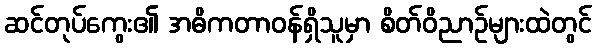
ဆင်တုပ်ကွေး၏ အဓိကတာဝန်ရှိသူမှာ စိတ်ဝိညာဉ်များထဲတွင်